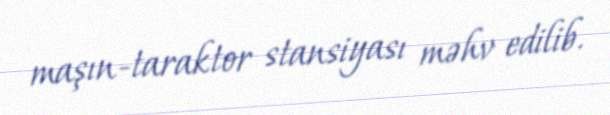
maşın-taraktor stansiyası məhv edilib.